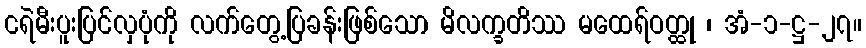
ငရဲမီးပူးပြင်လှပုံကို လက်တွေ့ပြခန်းဖြစ်သော မိလက္ခတိဿ မထေရ်ဝတ္ထု ၊ အံ-၁-ဋ္ဌ-၂၇။